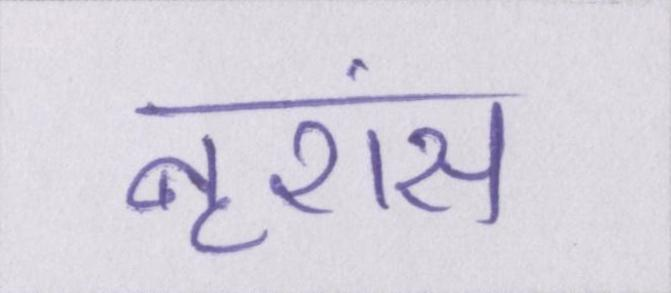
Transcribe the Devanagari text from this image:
नृशंस